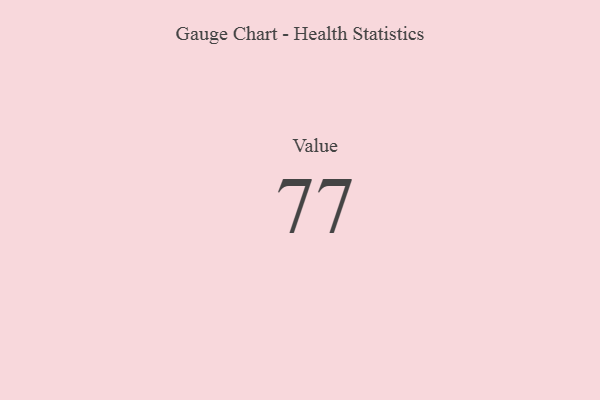
{"axis": {"x": "Metric", "y": "Value"}, "legend": [""], "data": [{"x": "Value", "y": 77, "type": ""}]}